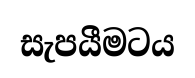
සැපයීමටය